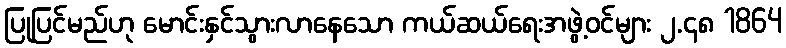
ပြုပြင်မည်ဟု မောင်းနှင်သွားလာနေသော ကယ်ဆယ်ရေးအဖွဲ့ဝင်များ ၂.၄၈ 1864